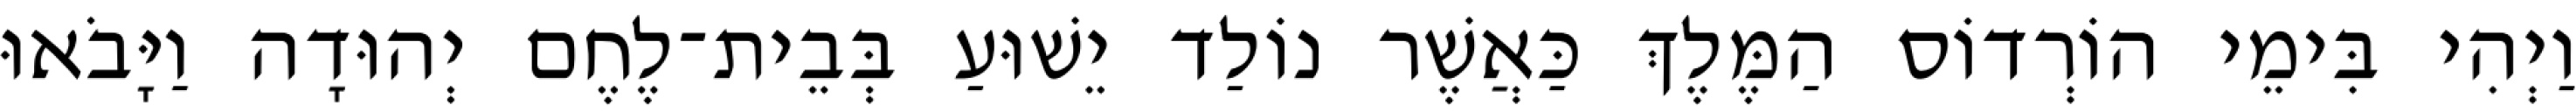
וַיְהִי בִּימֵי הוֹרְדוֹס הַמֶּלֶךְ כַּאֲשֶׁר נוֹלַד יֵשׁוּעַ בְּבֵית־לֶחֶם יְהוּדָה וַיָּבֹאוּ